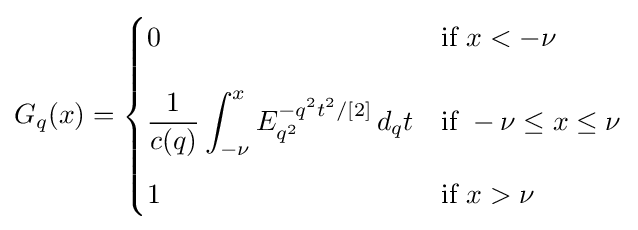
G_{q}(x)={\begin{cases}0&{\text{if }}x<-\nu \\[12pt]\displaystyle {\frac {1}{c(q)}}\int _{-\nu }^{x}E_{q^{2}}^{-q^{2}t^{2}/[2]}\,d_{q}t&{\text{if }}-\nu \leq x\leq \nu \\[12pt]1&{\text{if }}x>\nu \end{cases}}